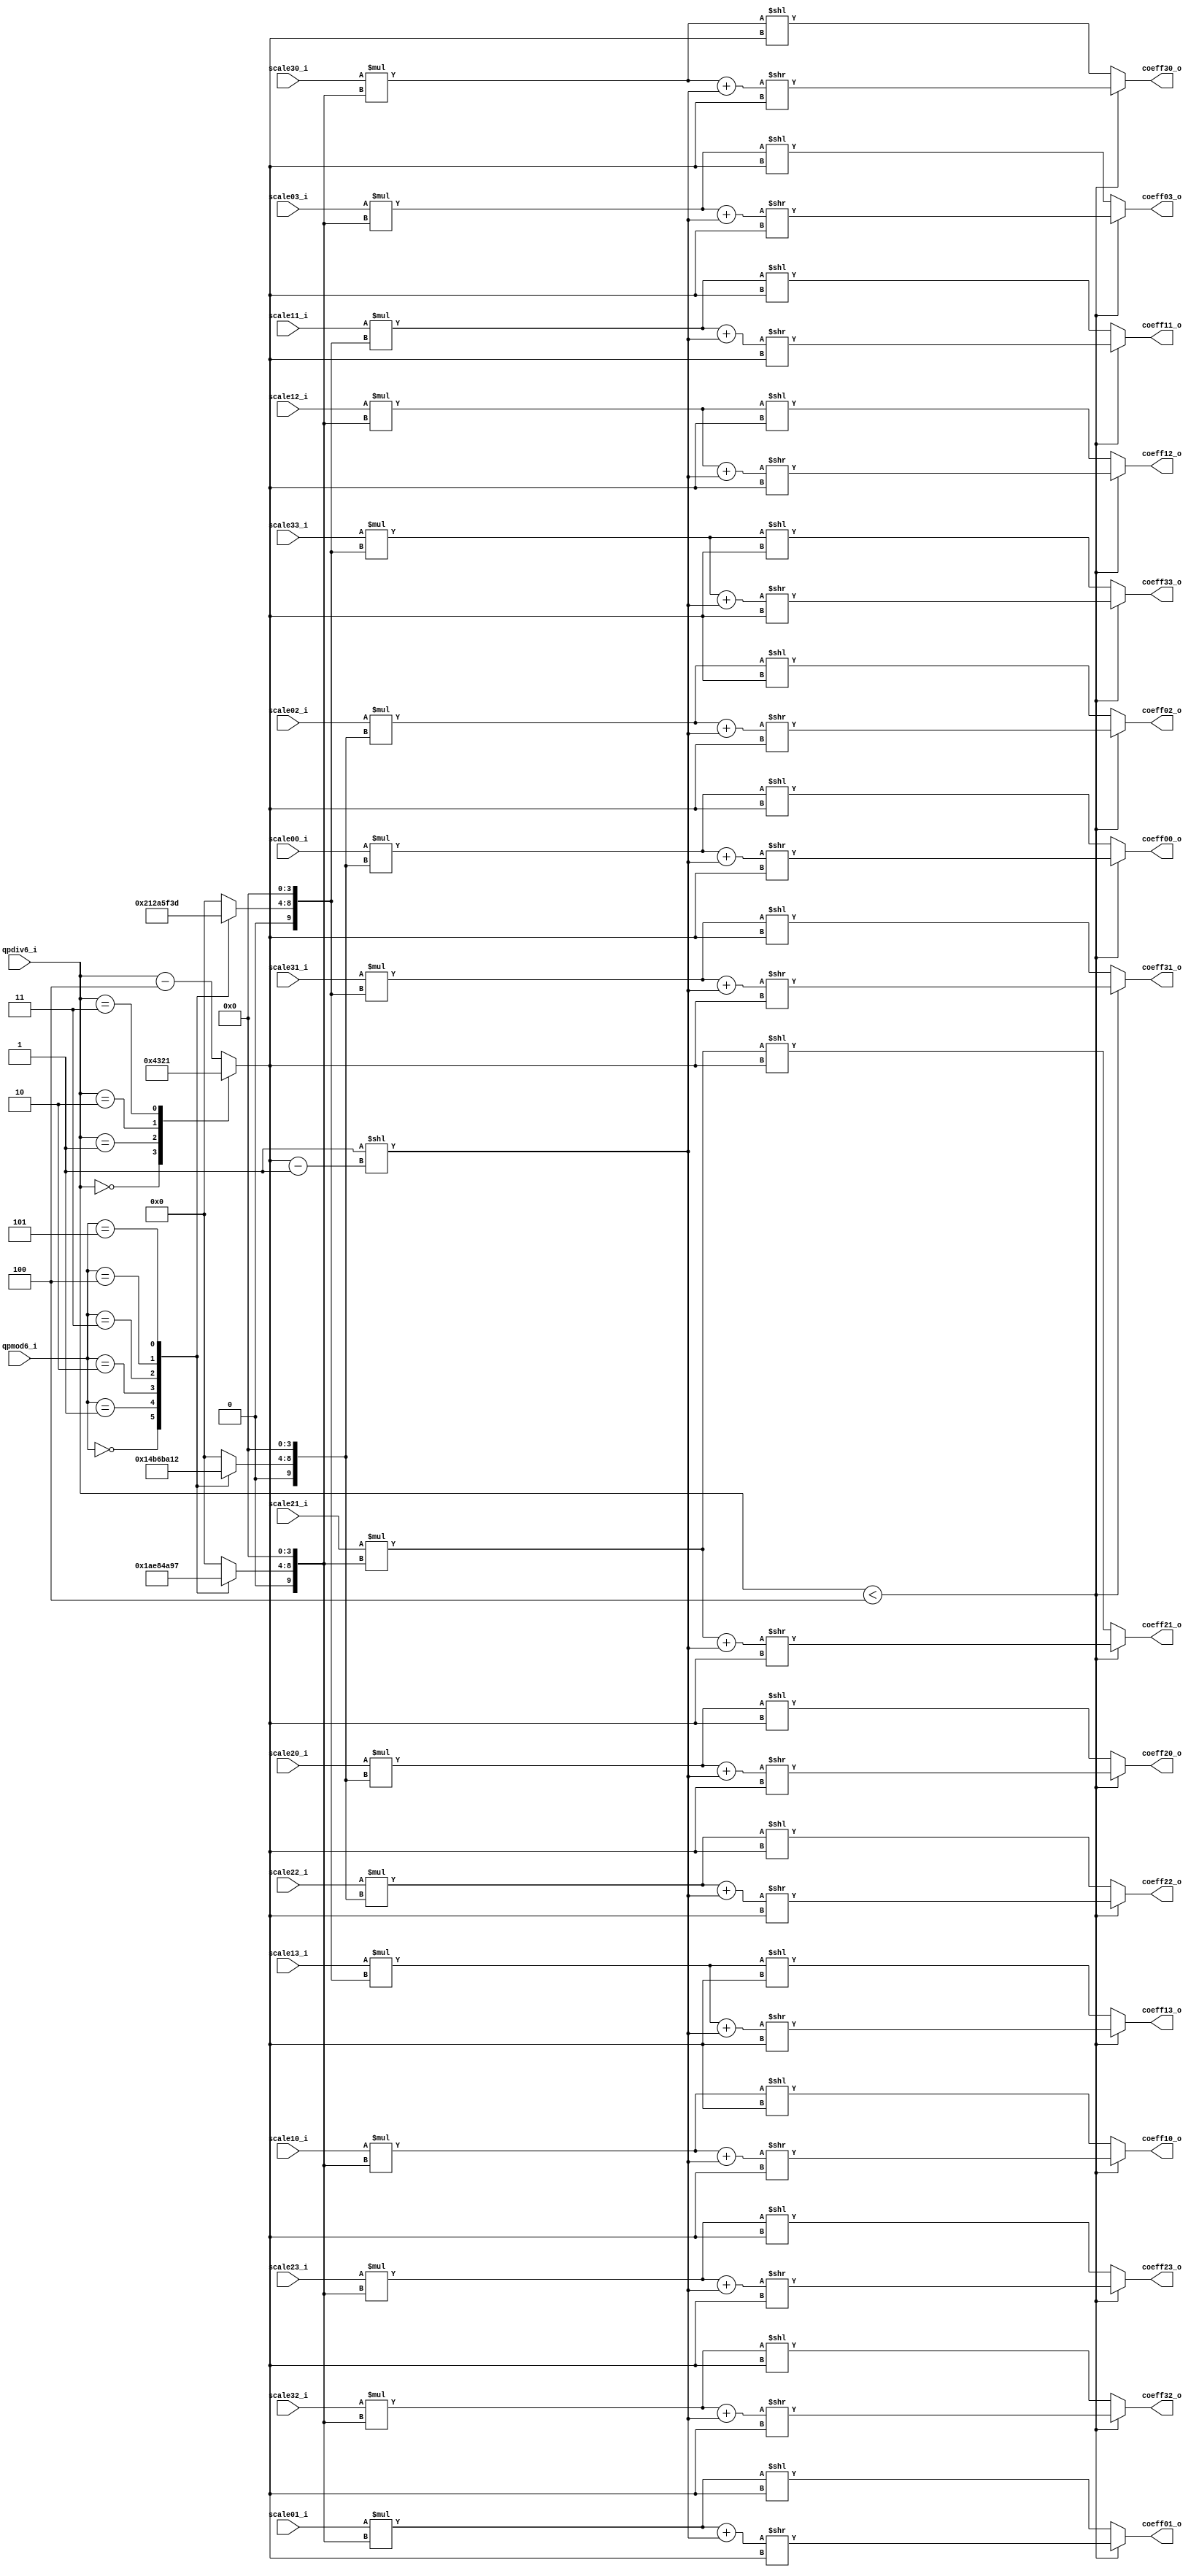
module tq_dequant4x4(
				qpmod6_i,
				qpdiv6_i,
				
				scale00_i,
				scale01_i,
				scale02_i,
				scale03_i,
				scale10_i,
				scale11_i,
				scale12_i,
				scale13_i,
				scale20_i,
				scale21_i,
				scale22_i,
				scale23_i,
				scale30_i,
				scale31_i,
				scale32_i,
				scale33_i,
				
				coeff00_o,
				coeff01_o,
				coeff02_o,
				coeff03_o,
				coeff10_o,
				coeff11_o,
				coeff12_o,
				coeff13_o,
				coeff20_o,
				coeff21_o,
				coeff22_o,
				coeff23_o,
				coeff30_o,
				coeff31_o,
				coeff32_o,
				coeff33_o
);

parameter IN_WIDTH = 15;
parameter OUT_WIDTH = 15;

input [2:0] qpmod6_i; 
input [3:0] qpdiv6_i;

input signed [IN_WIDTH-1:0] scale00_i;
input signed [IN_WIDTH-1:0] scale01_i;
input signed [IN_WIDTH-1:0] scale02_i;
input signed [IN_WIDTH-1:0] scale03_i;
input signed [IN_WIDTH-1:0] scale10_i;
input signed [IN_WIDTH-1:0] scale11_i;
input signed [IN_WIDTH-1:0] scale12_i;
input signed [IN_WIDTH-1:0] scale13_i;
input signed [IN_WIDTH-1:0] scale20_i;
input signed [IN_WIDTH-1:0] scale21_i;
input signed [IN_WIDTH-1:0] scale22_i;
input signed [IN_WIDTH-1:0] scale23_i;
input signed [IN_WIDTH-1:0] scale30_i;
input signed [IN_WIDTH-1:0] scale31_i;
input signed [IN_WIDTH-1:0] scale32_i;
input signed [IN_WIDTH-1:0] scale33_i;

output signed [OUT_WIDTH-1:0] coeff00_o;
output signed [OUT_WIDTH-1:0] coeff01_o;
output signed [OUT_WIDTH-1:0] coeff02_o;
output signed [OUT_WIDTH-1:0] coeff03_o;
output signed [OUT_WIDTH-1:0] coeff10_o;
output signed [OUT_WIDTH-1:0] coeff11_o;
output signed [OUT_WIDTH-1:0] coeff12_o;
output signed [OUT_WIDTH-1:0] coeff13_o;
output signed [OUT_WIDTH-1:0] coeff20_o;
output signed [OUT_WIDTH-1:0] coeff21_o;
output signed [OUT_WIDTH-1:0] coeff22_o;
output signed [OUT_WIDTH-1:0] coeff23_o;
output signed [OUT_WIDTH-1:0] coeff30_o;
output signed [OUT_WIDTH-1:0] coeff31_o;
output signed [OUT_WIDTH-1:0] coeff32_o;
output signed [OUT_WIDTH-1:0] coeff33_o;
                                        
wire signed [24:0] coeff00_o_w;
wire signed [24:0] coeff01_o_w;
wire signed [24:0] coeff02_o_w;
wire signed [24:0] coeff03_o_w;
wire signed [24:0] coeff10_o_w;
wire signed [24:0] coeff11_o_w;
wire signed [24:0] coeff12_o_w;
wire signed [24:0] coeff13_o_w;
wire signed [24:0] coeff20_o_w;
wire signed [24:0] coeff21_o_w;
wire signed [24:0] coeff22_o_w;
wire signed [24:0] coeff23_o_w;
wire signed [24:0] coeff30_o_w;
wire signed [24:0] coeff31_o_w;
wire signed [24:0] coeff32_o_w;
wire signed [24:0] coeff33_o_w;

wire [IN_WIDTH+9:0] bias_w;
reg [ 3:0] shift_len_w;

reg signed [5: 0] de_mf00_w,de_mf01_w,de_mf02_w,de_mf03_w;
reg signed [5: 0] de_mf10_w,de_mf11_w,de_mf12_w,de_mf13_w;
reg signed [5: 0] de_mf20_w,de_mf21_w,de_mf22_w,de_mf23_w;
reg signed [5: 0] de_mf30_w,de_mf31_w,de_mf32_w,de_mf33_w;

wire signed [IN_WIDTH+9:0] product_tmp00_w;
wire signed [IN_WIDTH+9:0] product_tmp01_w;
wire signed [IN_WIDTH+9:0] product_tmp02_w;
wire signed [IN_WIDTH+9:0] product_tmp03_w;
wire signed [IN_WIDTH+9:0] product_tmp10_w;
wire signed [IN_WIDTH+9:0] product_tmp11_w;
wire signed [IN_WIDTH+9:0] product_tmp12_w;
wire signed [IN_WIDTH+9:0] product_tmp13_w;
wire signed [IN_WIDTH+9:0] product_tmp20_w;
wire signed [IN_WIDTH+9:0] product_tmp21_w;
wire signed [IN_WIDTH+9:0] product_tmp22_w;
wire signed [IN_WIDTH+9:0] product_tmp23_w;
wire signed [IN_WIDTH+9:0] product_tmp30_w;
wire signed [IN_WIDTH+9:0] product_tmp31_w;
wire signed [IN_WIDTH+9:0] product_tmp32_w;
wire signed [IN_WIDTH+9:0] product_tmp33_w;

assign product_tmp00_w = scale00_i * ({de_mf00_w,4'b0});
assign product_tmp01_w = scale01_i * ({de_mf01_w,4'b0});
assign product_tmp02_w = scale02_i * ({de_mf02_w,4'b0});
assign product_tmp03_w = scale03_i * ({de_mf03_w,4'b0});
assign product_tmp10_w = scale10_i * ({de_mf10_w,4'b0});
assign product_tmp11_w = scale11_i * ({de_mf11_w,4'b0});
assign product_tmp12_w = scale12_i * ({de_mf12_w,4'b0});
assign product_tmp13_w = scale13_i * ({de_mf13_w,4'b0});
assign product_tmp20_w = scale20_i * ({de_mf20_w,4'b0});
assign product_tmp21_w = scale21_i * ({de_mf21_w,4'b0});
assign product_tmp22_w = scale22_i * ({de_mf22_w,4'b0});
assign product_tmp23_w = scale23_i * ({de_mf23_w,4'b0});
assign product_tmp30_w = scale30_i * ({de_mf30_w,4'b0});
assign product_tmp31_w = scale31_i * ({de_mf31_w,4'b0});
assign product_tmp32_w = scale32_i * ({de_mf32_w,4'b0});
assign product_tmp33_w = scale33_i * ({de_mf33_w,4'b0});

assign coeff00_o_w = (qpdiv6_i < 4)? ((product_tmp00_w + bias_w) >> shift_len_w) : (product_tmp00_w << shift_len_w);
assign coeff01_o_w = (qpdiv6_i < 4)? ((product_tmp01_w + bias_w) >> shift_len_w) : (product_tmp01_w << shift_len_w);
assign coeff02_o_w = (qpdiv6_i < 4)? ((product_tmp02_w + bias_w) >> shift_len_w) : (product_tmp02_w << shift_len_w);
assign coeff03_o_w = (qpdiv6_i < 4)? ((product_tmp03_w + bias_w) >> shift_len_w) : (product_tmp03_w << shift_len_w);
assign coeff10_o_w = (qpdiv6_i < 4)? ((product_tmp10_w + bias_w) >> shift_len_w) : (product_tmp10_w << shift_len_w);
assign coeff11_o_w = (qpdiv6_i < 4)? ((product_tmp11_w + bias_w) >> shift_len_w) : (product_tmp11_w << shift_len_w);
assign coeff12_o_w = (qpdiv6_i < 4)? ((product_tmp12_w + bias_w) >> shift_len_w) : (product_tmp12_w << shift_len_w);
assign coeff13_o_w = (qpdiv6_i < 4)? ((product_tmp13_w + bias_w) >> shift_len_w) : (product_tmp13_w << shift_len_w);
assign coeff20_o_w = (qpdiv6_i < 4)? ((product_tmp20_w + bias_w) >> shift_len_w) : (product_tmp20_w << shift_len_w);
assign coeff21_o_w = (qpdiv6_i < 4)? ((product_tmp21_w + bias_w) >> shift_len_w) : (product_tmp21_w << shift_len_w);
assign coeff22_o_w = (qpdiv6_i < 4)? ((product_tmp22_w + bias_w) >> shift_len_w) : (product_tmp22_w << shift_len_w);
assign coeff23_o_w = (qpdiv6_i < 4)? ((product_tmp23_w + bias_w) >> shift_len_w) : (product_tmp23_w << shift_len_w);
assign coeff30_o_w = (qpdiv6_i < 4)? ((product_tmp30_w + bias_w) >> shift_len_w) : (product_tmp30_w << shift_len_w);
assign coeff31_o_w = (qpdiv6_i < 4)? ((product_tmp31_w + bias_w) >> shift_len_w) : (product_tmp31_w << shift_len_w);
assign coeff32_o_w = (qpdiv6_i < 4)? ((product_tmp32_w + bias_w) >> shift_len_w) : (product_tmp32_w << shift_len_w);
assign coeff33_o_w = (qpdiv6_i < 4)? ((product_tmp33_w + bias_w) >> shift_len_w) : (product_tmp33_w << shift_len_w);

assign coeff00_o = coeff00_o_w[14 : 0];
assign coeff01_o = coeff01_o_w[14 : 0];
assign coeff02_o = coeff02_o_w[14 : 0];
assign coeff03_o = coeff03_o_w[14 : 0];
assign coeff10_o = coeff10_o_w[14 : 0];
assign coeff11_o = coeff11_o_w[14 : 0];
assign coeff12_o = coeff12_o_w[14 : 0];
assign coeff13_o = coeff13_o_w[14 : 0];
assign coeff20_o = coeff20_o_w[14 : 0];
assign coeff21_o = coeff21_o_w[14 : 0];
assign coeff22_o = coeff22_o_w[14 : 0];
assign coeff23_o = coeff23_o_w[14 : 0];
assign coeff30_o = coeff30_o_w[14 : 0];
assign coeff31_o = coeff31_o_w[14 : 0];
assign coeff32_o = coeff32_o_w[14 : 0];
assign coeff33_o = coeff33_o_w[14 : 0];


//specify shift length
//assign rshift_len_w = qpdiv6_i + 15;//qbits = 15 + qp/6
//assign bias_w = 1 << (rshift_len_w - 1);

assign bias_w = 25'd1 << (shift_len_w - 1'b1);

always @(*)begin
  case (qpdiv6_i)
   4'b0000:shift_len_w = 3'd4;
   4'b0001:shift_len_w = 3'd3;
   4'b0010:shift_len_w = 3'd2;
   4'b0011:shift_len_w = 3'd1;
   default:shift_len_w = qpdiv6_i - 3'd4;
  endcase
end

always @(*) begin
	case (qpmod6_i)
		3'b000:begin
			de_mf00_w = 6'd10; de_mf01_w = 6'd13; de_mf02_w = 6'd10; de_mf03_w = 6'd13;
			de_mf10_w = 6'd13; de_mf11_w = 6'd16; de_mf12_w = 6'd13; de_mf13_w = 6'd16;
			de_mf20_w = 6'd10; de_mf21_w = 6'd13; de_mf22_w = 6'd10; de_mf23_w = 6'd13;
			de_mf30_w = 6'd13; de_mf31_w = 6'd16; de_mf32_w = 6'd13; de_mf33_w = 6'd16;     
		end
		3'b001:begin
			de_mf00_w = 6'd11; de_mf01_w = 6'd14; de_mf02_w = 6'd11; de_mf03_w = 6'd14;
			de_mf10_w = 6'd14; de_mf11_w = 6'd18; de_mf12_w = 6'd14; de_mf13_w = 6'd18;
			de_mf20_w = 6'd11; de_mf21_w = 6'd14; de_mf22_w = 6'd11; de_mf23_w = 6'd14;
			de_mf30_w = 6'd14; de_mf31_w = 6'd18; de_mf32_w = 6'd14; de_mf33_w = 6'd18;      
		end
		3'b010:begin
			de_mf00_w = 6'd13; de_mf01_w = 6'd16; de_mf02_w = 6'd13; de_mf03_w = 6'd16;
			de_mf10_w = 6'd16; de_mf11_w = 6'd20; de_mf12_w = 6'd16; de_mf13_w = 6'd20;
			de_mf20_w = 6'd13; de_mf21_w = 6'd16; de_mf22_w = 6'd13; de_mf23_w = 6'd16;
			de_mf30_w = 6'd16; de_mf31_w = 6'd20; de_mf32_w = 6'd16; de_mf33_w = 6'd20;
		end
		3'b011:begin
			de_mf00_w = 6'd14; de_mf01_w = 6'd18; de_mf02_w = 6'd14; de_mf03_w = 6'd18;
			de_mf10_w = 6'd18; de_mf11_w = 6'd23; de_mf12_w = 6'd18; de_mf13_w = 6'd23;
			de_mf20_w = 6'd14; de_mf21_w = 6'd18; de_mf22_w = 6'd14; de_mf23_w = 6'd18;
			de_mf30_w = 6'd18; de_mf31_w = 6'd23; de_mf32_w = 6'd18; de_mf33_w = 6'd23;
		end
		3'b100:begin
			de_mf00_w = 6'd16; de_mf01_w = 6'd20; de_mf02_w = 6'd16; de_mf03_w = 6'd20;
			de_mf10_w = 6'd20; de_mf11_w = 6'd25; de_mf12_w = 6'd20; de_mf13_w = 6'd25;
			de_mf20_w = 6'd16; de_mf21_w = 6'd20; de_mf22_w = 6'd16; de_mf23_w = 6'd20;
			de_mf30_w = 6'd20; de_mf31_w = 6'd25; de_mf32_w = 6'd20; de_mf33_w = 6'd25;
		end
		3'b101:begin
			de_mf00_w = 6'd18; de_mf01_w = 6'd23; de_mf02_w = 6'd18; de_mf03_w = 6'd23;
			de_mf10_w = 6'd23; de_mf11_w = 6'd29; de_mf12_w = 6'd23; de_mf13_w = 6'd29;
			de_mf20_w = 6'd18; de_mf21_w = 6'd23; de_mf22_w = 6'd18; de_mf23_w = 6'd23;
			de_mf30_w = 6'd23; de_mf31_w = 6'd29; de_mf32_w = 6'd23; de_mf33_w = 6'd29;
		end
		default: begin
			de_mf00_w = 6'd0; de_mf01_w = 6'd0; de_mf02_w = 6'd0; de_mf03_w = 6'd0;
			de_mf10_w = 6'd0; de_mf11_w = 6'd0; de_mf12_w = 6'd0; de_mf13_w = 6'd0;
			de_mf20_w = 6'd0; de_mf21_w = 6'd0; de_mf22_w = 6'd0; de_mf23_w = 6'd0;
			de_mf30_w = 6'd0; de_mf31_w = 6'd0; de_mf32_w = 6'd0; de_mf33_w = 6'd0;
		end
	endcase
end

endmodule